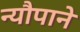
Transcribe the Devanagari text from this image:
न्यौपाने